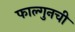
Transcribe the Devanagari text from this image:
फाल्गुनची